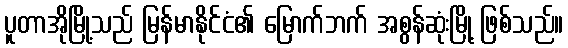
ပူတာအိုမြို့သည် မြန်မာနိုင်ငံ၏ မြောက်ဘက် အစွန်ဆုံးမြို့ ဖြစ်သည်။